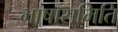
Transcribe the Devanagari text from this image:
भाषासमिति